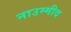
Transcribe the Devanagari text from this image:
नाउम्मीद